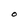
Character: O